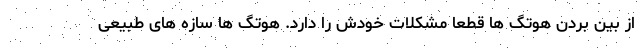
از بین بردن هوتگ ها قطعا مشکلات خودش را دارد. هوتگ ها سازه های طبیعی